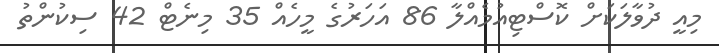
މިއީ ދުވާލަކަށް ކޮސްޓިއުމެއްލާ 86 އަހަރުގެ މީހެއް 35 މިނެޓް 42 ސިކުންތު